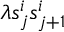
\lambda s _ { j } ^ { i } s _ { j + 1 } ^ { i }